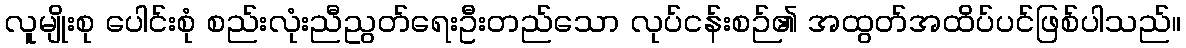
လူမျိုးစု ပေါင်းစုံ စည်းလုံးညီညွတ်ရေးဦးတည်သော လုပ်ငန်းစဉ်၏ အထွတ်အထိပ်ပင်ဖြစ်ပါသည်။